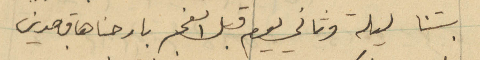
بتنا ليلة وثاني يوم قبل الفجر بارحناها قاصدين